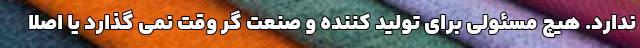
ندارد. هیچ مسئولی برای تولید کننده و صنعت گر وقت نمی گذارد یا اصلا